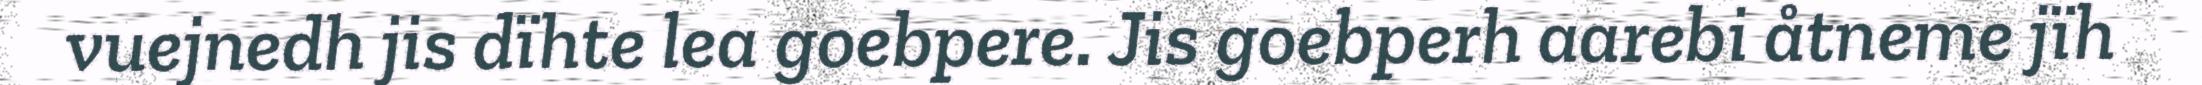
vuejnedh jis dïhte lea goebpere. Jis goebperh aarebi åtneme jïh